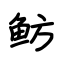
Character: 鲂